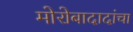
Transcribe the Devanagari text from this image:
मोरोबादादांचा